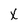
Character: X